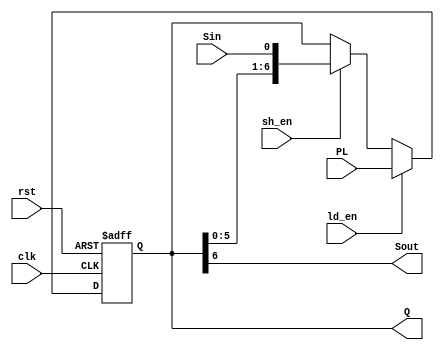
`timescale 1ns/1ns
module ShiftRegister_7bit(clk,rst,ld_en,sh_en, Sin,PL, Sout,Q);
    input clk,rst,ld_en,sh_en;
    input Sin;
    input [6:0] PL;
    output Sout;
    output reg [6:0] Q;
    
    always @(posedge clk, posedge rst) begin
        if(rst) Q <= 7'd0;
        else if(ld_en) Q <= PL;
        else Q <= (sh_en) ? {Q[5:0], Sin} : Q;
    end
    assign Sout = Q[6];
endmodule